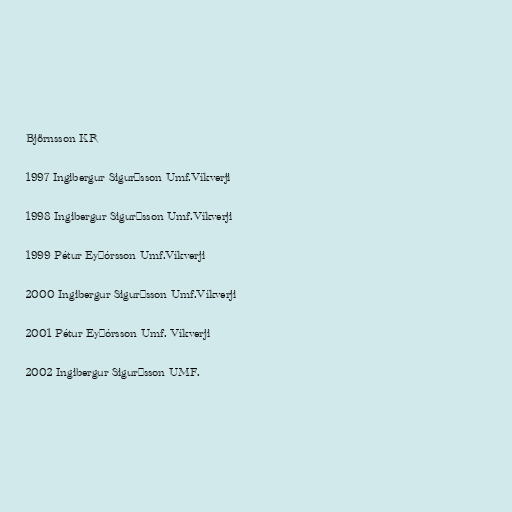
Björnsson KR

1997 Ingibergur Sigurðsson Umf.Víkverji

1998 Ingibergur Sigurðsson Umf.Víkverji

1999 Pétur Eyþórsson Umf.Víkverji

2000 Ingibergur Sigurðsson Umf.Víkverji

2001 Pétur Eyþórsson Umf. Víkverji

2002 Ingibergur Sigurðsson UMF.